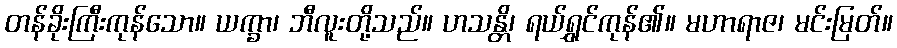
တန်ခိုးကြီးကုန်သော။ ယက္ခာ၊ ဘီလူးတို့သည်။ ဟသန္တိ၊ ရယ်ရွှင်ကုန်၏။ မဟာရာဇ၊ မင်းမြတ်။